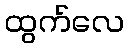
ထွက်လေ